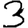
Digit: 3